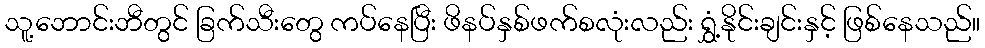
သူ့ဘောင်းဘီတွင် ခြက်သီးတွေ ကပ်နေပြီး ဖိနပ်နှစ်ဖက်စလုံးလည်း ရွှံ့နိုင်းချင်းနှင့် ဖြစ်နေသည်။